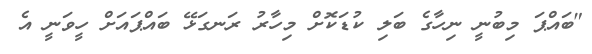
"ބައްޕަ މިބުނީ ނިހާގެ ބަލި ކުޑަކޮށް މިހާރު ރަނގަޅޭ ބައްޕައަށް ހީވަނީ އެ